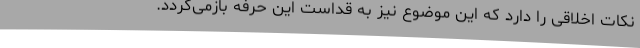
نکات اخلاقی را دارد که این موضوع نیز به قداست این حرفه بازمی‌گردد.